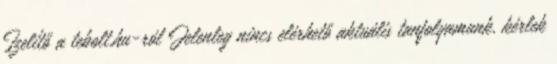
Ízelítő a tebolt.hu-ról Jelenleg nincs elérhető aktuális tanfolyamunk, kérlek